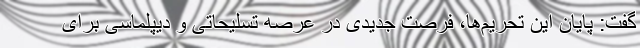
گفت: پایان این تحریم‌ها، فرصت جدیدی در عرصه تسلیحاتی و دیپلماسی برای